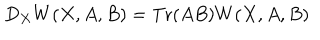
D _ { X } W ( X , A , B ) = \mathrm { T r } ( A B ) W ( X , A , B )